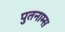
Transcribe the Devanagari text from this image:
पुतनाम्स